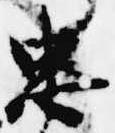
忠